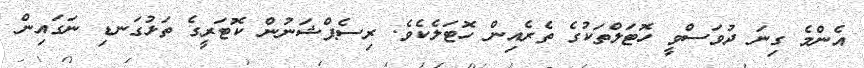
އެންމެ ގިނަ ދުވަސްވީ ހޮޓަލްތަކުގެ ތެރެއިން ހޮޓަލެކެވެ. ރިސެޕްޝަނުން ކޮޓަރީގެ ތަޅުގަނޑި ނަގައިން